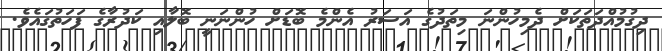
ދިގުމުއްދަތަކަށް ދެމިހުންނަ މިތަދުގެ އަސަރު އެންމެ ބޮޑަށް ހުންނަނީ ބޮލާއި ކަދުރާގެ ފަހަތުގައެވެ.